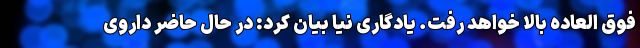
فوق العاده بالا خواهد رفت. یادگاری نیا بیان کرد: در حال حاضر داروی